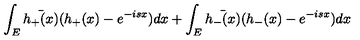
\int _ { E } \bar { h _ { + } ( x ) } ( h _ { + } ( x ) - e ^ { - i s x } ) d x + \int _ { E } \bar { h _ { - } ( x ) } ( h _ { - } ( x ) - e ^ { - i s x } ) d x